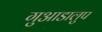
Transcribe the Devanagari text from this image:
गुआडालुप